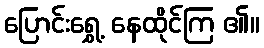
ပြောင်းရွှေ့ နေထိုင်ကြ ၏။